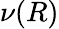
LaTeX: \nu(R)